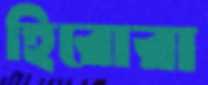
হিরোরা